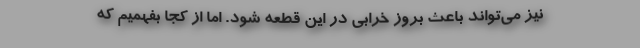
نیز می‌تواند باعث بروز خرابی در این قطعه شود. اما از کجا بفهمیم که